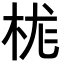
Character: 𪲆